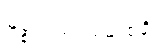
မစ္စုပါသပ္ပမောစနံ